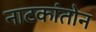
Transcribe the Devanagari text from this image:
नाटकांतोन